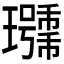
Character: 𰢖